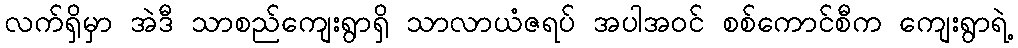
လက်ရှိမှာ အဲဒီ သာစည်ကျေးရွာရှိ သာလာယံဇရပ် အပါအဝင် စစ်ကောင်စီက ကျေးရွာရဲ့